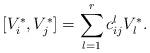
LaTeX: \begin{align*}[V_i^*, V_j^*]=\sum_{l=1}^r c_{ij}^l V_l^*.\end{align*}